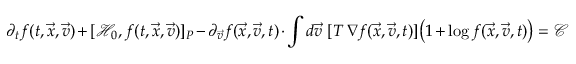
\partial _ { t } f ( t , \vec { x } , \vec { v } ) + [ \mathcal { H } _ { 0 } , f ( t , \vec { x } , \vec { v } ) ] _ { P } - \partial _ { \vec { v } } f ( \vec { x } , \vec { v } , t ) \cdot \int d \vec { v } \ [ T \, \nabla f ( \vec { x } , \vec { v } , t ) ] \big ( 1 + \log f ( \vec { x } , \vec { v } , t ) \big ) = \mathcal { C }